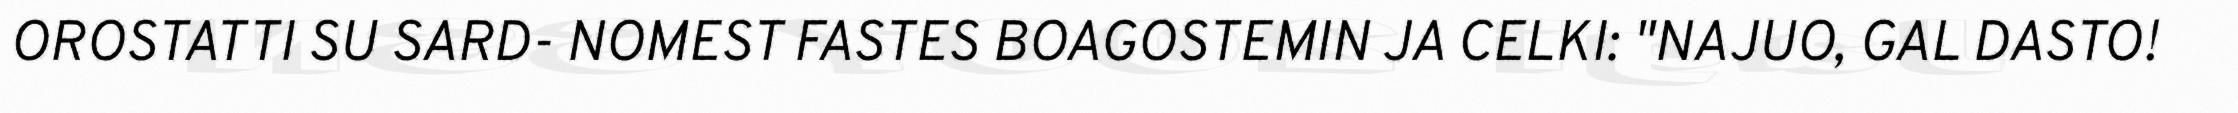
OROSTATTI SU SARD- NOMEST FASTES BOAGOSTEMIN JA CELKI: "NAJUO, GAL DASTO!